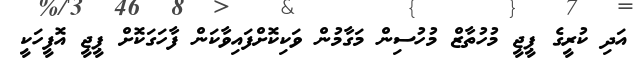
އަދި ކުރީގެ ޕީޖީ މުހުތާޒް މުހުސިން މަގާމުން ވަކިކޮށްފައިވާކަން ފާހަގަކޮށް ޕީޖީ އޮފީހަކީ